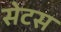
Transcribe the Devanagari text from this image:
सेटस